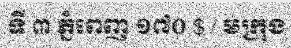
ទី ៣ ភ្នំពេញ ១៧០ $ / មក្រុង